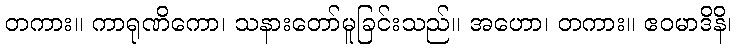
တကား။ ကာရုဏိကော၊ သနားတော်မူခြင်းသည်။ အဟော၊ တကား။ ဧဝမာဒိနိ၊